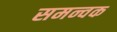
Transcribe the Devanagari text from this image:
समन्वक